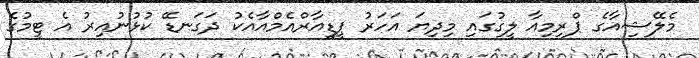
މެލޭޝިއާގެ ޕްރިމިއާ ލީގުގައި މިދިޔަ އަހަރު ޕީޑީއާރްއެމްއާއެކު ދަގަނޑޭ ކުޅުނުއިރު އެ ޓީމުގެ